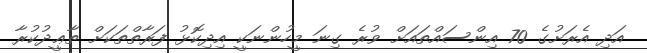
އަދި އެރަށުގެ 70 އިންސައްތައަށް ވުރެ ގިނަ މީހުންނަކީ އިދިކޮޅު ފަރާތްތަކަށް ތާޢީދުކުރާ